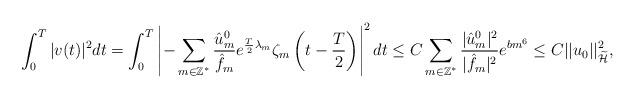
LaTeX: \begin{align*} \int_{0}^{T}|v(t)|^2dt&= \int_{0}^{T}\left|-\sum_{m\in\mathbb{Z}^*}\frac{\hat{u}_{m}^{0}}{\hat{f}_m}e^{\frac{T}{2}\lambda_m}\zeta_m\left(t-\frac{T}{2}\right)\right|^2dt \leq C\sum_{m\in\mathbb{Z}^*}\frac{|\hat{u}_{m}^{0}|^2}{|\hat{f}_m|^2}e^{bm^6}\leq C ||u_0||_{\widetilde{\mathcal{H}}}^2,\end{align*}